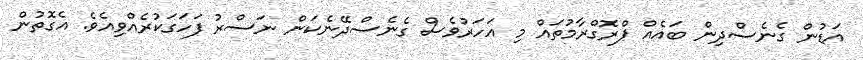
އަޑުން ގެނެސްދިން ބައެއް ޕްރޮގްރާމުތައް މި އަހަރުވެސް ގެނެސްދޭނެކަން ނަސްރު ފަހަގަކުރެއްވިއެވެ. އެގޮތުން